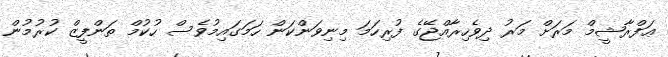
ޢަފްރާޝީމް މަރަށް މަރު ދިވެހިރާއްޖޭގެ ފުރިހަމަ މިނިވަންކަން ހަމަގައިމުވެސް ހުކުމް ތަންފީޒް ކުރުމުން